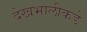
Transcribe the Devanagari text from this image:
देखभालीकडे